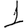
Digit: 1